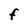
Character: f